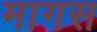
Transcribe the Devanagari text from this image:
मागस